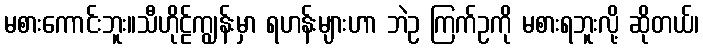
မစားကောင်းဘူး။သီဟိုဠ်ကျွန်းမှာ ရဟန်းများဟာ ဘဲဥ ကြက်ဥကို မစားရဘူးလို့ ဆိုတယ်၊